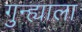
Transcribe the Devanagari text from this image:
गुन्ह्याला